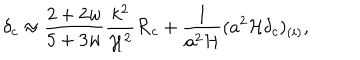
\delta _ { c } \approx { \frac { 2 + 2 w } { 5 + 3 w } } { \frac { k ^ { 2 } } { { \cal H } ^ { 2 } } } { \cal R } _ { c } + { \frac { 1 } { a ^ { 2 } { \cal H } } } ( a ^ { 2 } { \cal H } \delta _ { c } ) _ { ( i ) } ,